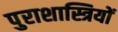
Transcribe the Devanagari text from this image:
पुराशास्त्रियों